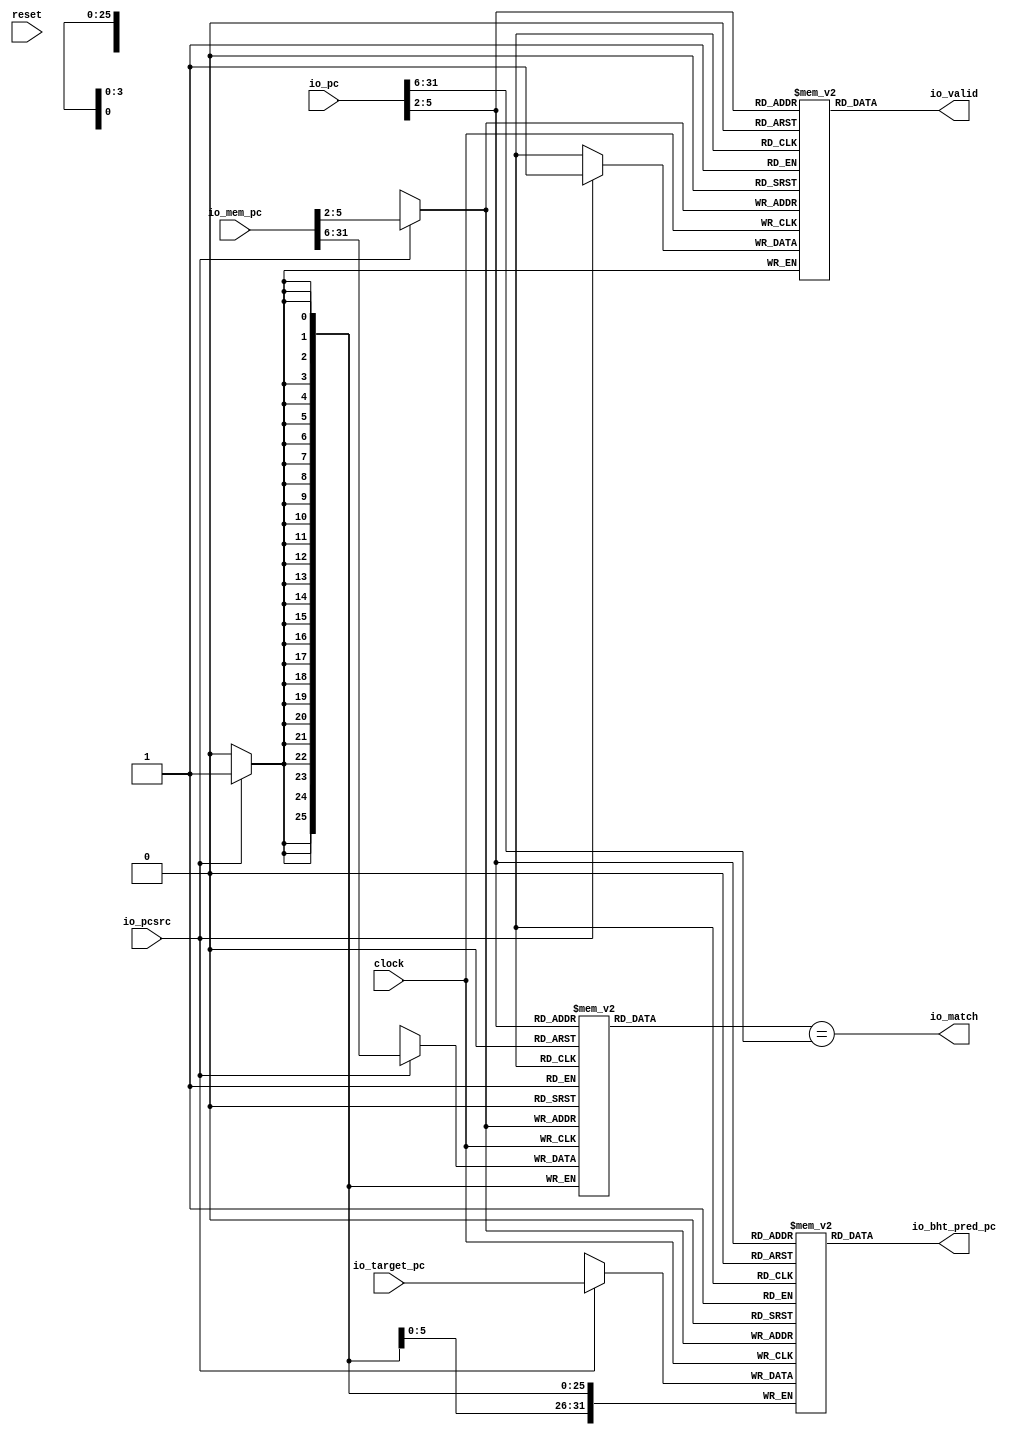
module BHT(
  input         clock,
  input         reset,
  input  [31:0] io_pc,
  input  [31:0] io_mem_pc,
  input         io_pcsrc,
  input  [31:0] io_target_pc,
  output        io_match,
  output        io_valid,
  output [31:0] io_bht_pred_pc
);
`ifdef RANDOMIZE_MEM_INIT
  reg [31:0] _RAND_0;
  reg [31:0] _RAND_1;
  reg [31:0] _RAND_2;
`endif // RANDOMIZE_MEM_INIT
  reg [25:0] bhtTable_tag [0:15]; // @[bht.scala 24:21]
  wire  bhtTable_tag_bhtEntry_en; // @[bht.scala 24:21]
  wire [3:0] bhtTable_tag_bhtEntry_addr; // @[bht.scala 24:21]
  wire [25:0] bhtTable_tag_bhtEntry_data; // @[bht.scala 24:21]
  wire [25:0] bhtTable_tag_MPORT_data; // @[bht.scala 24:21]
  wire [3:0] bhtTable_tag_MPORT_addr; // @[bht.scala 24:21]
  wire  bhtTable_tag_MPORT_mask; // @[bht.scala 24:21]
  wire  bhtTable_tag_MPORT_en; // @[bht.scala 24:21]
  reg  bhtTable_valid [0:15]; // @[bht.scala 24:21]
  wire  bhtTable_valid_bhtEntry_en; // @[bht.scala 24:21]
  wire [3:0] bhtTable_valid_bhtEntry_addr; // @[bht.scala 24:21]
  wire  bhtTable_valid_bhtEntry_data; // @[bht.scala 24:21]
  wire  bhtTable_valid_MPORT_data; // @[bht.scala 24:21]
  wire [3:0] bhtTable_valid_MPORT_addr; // @[bht.scala 24:21]
  wire  bhtTable_valid_MPORT_mask; // @[bht.scala 24:21]
  wire  bhtTable_valid_MPORT_en; // @[bht.scala 24:21]
  reg [31:0] bhtTable_target_pc [0:15]; // @[bht.scala 24:21]
  wire  bhtTable_target_pc_bhtEntry_en; // @[bht.scala 24:21]
  wire [3:0] bhtTable_target_pc_bhtEntry_addr; // @[bht.scala 24:21]
  wire [31:0] bhtTable_target_pc_bhtEntry_data; // @[bht.scala 24:21]
  wire [31:0] bhtTable_target_pc_MPORT_data; // @[bht.scala 24:21]
  wire [3:0] bhtTable_target_pc_MPORT_addr; // @[bht.scala 24:21]
  wire  bhtTable_target_pc_MPORT_mask; // @[bht.scala 24:21]
  wire  bhtTable_target_pc_MPORT_en; // @[bht.scala 24:21]
  assign bhtTable_tag_bhtEntry_en = 1'h1;
  assign bhtTable_tag_bhtEntry_addr = io_pc[5:2];
  assign bhtTable_tag_bhtEntry_data = bhtTable_tag[bhtTable_tag_bhtEntry_addr]; // @[bht.scala 24:21]
  assign bhtTable_tag_MPORT_data = io_mem_pc[31:6];
  assign bhtTable_tag_MPORT_addr = io_mem_pc[5:2];
  assign bhtTable_tag_MPORT_mask = 1'h1;
  assign bhtTable_tag_MPORT_en = io_pcsrc;
  assign bhtTable_valid_bhtEntry_en = 1'h1;
  assign bhtTable_valid_bhtEntry_addr = io_pc[5:2];
  assign bhtTable_valid_bhtEntry_data = bhtTable_valid[bhtTable_valid_bhtEntry_addr]; // @[bht.scala 24:21]
  assign bhtTable_valid_MPORT_data = 1'h1;
  assign bhtTable_valid_MPORT_addr = io_mem_pc[5:2];
  assign bhtTable_valid_MPORT_mask = 1'h1;
  assign bhtTable_valid_MPORT_en = io_pcsrc;
  assign bhtTable_target_pc_bhtEntry_en = 1'h1;
  assign bhtTable_target_pc_bhtEntry_addr = io_pc[5:2];
  assign bhtTable_target_pc_bhtEntry_data = bhtTable_target_pc[bhtTable_target_pc_bhtEntry_addr]; // @[bht.scala 24:21]
  assign bhtTable_target_pc_MPORT_data = io_target_pc;
  assign bhtTable_target_pc_MPORT_addr = io_mem_pc[5:2];
  assign bhtTable_target_pc_MPORT_mask = 1'h1;
  assign bhtTable_target_pc_MPORT_en = io_pcsrc;
  assign io_match = bhtTable_tag_bhtEntry_data == io_pc[31:6]; // @[bht.scala 30:30]
  assign io_valid = bhtTable_valid_bhtEntry_data; // @[bht.scala 31:12]
  assign io_bht_pred_pc = bhtTable_target_pc_bhtEntry_data; // @[bht.scala 32:18]
  always @(posedge clock) begin
    if (bhtTable_tag_MPORT_en & bhtTable_tag_MPORT_mask) begin
      bhtTable_tag[bhtTable_tag_MPORT_addr] <= bhtTable_tag_MPORT_data; // @[bht.scala 24:21]
    end
    if (bhtTable_valid_MPORT_en & bhtTable_valid_MPORT_mask) begin
      bhtTable_valid[bhtTable_valid_MPORT_addr] <= bhtTable_valid_MPORT_data; // @[bht.scala 24:21]
    end
    if (bhtTable_target_pc_MPORT_en & bhtTable_target_pc_MPORT_mask) begin
      bhtTable_target_pc[bhtTable_target_pc_MPORT_addr] <= bhtTable_target_pc_MPORT_data; // @[bht.scala 24:21]
    end
  end
// Register and memory initialization
`ifdef RANDOMIZE_GARBAGE_ASSIGN
`define RANDOMIZE
`endif
`ifdef RANDOMIZE_INVALID_ASSIGN
`define RANDOMIZE
`endif
`ifdef RANDOMIZE_REG_INIT
`define RANDOMIZE
`endif
`ifdef RANDOMIZE_MEM_INIT
`define RANDOMIZE
`endif
`ifndef RANDOM
`define RANDOM $random
`endif
`ifdef RANDOMIZE_MEM_INIT
  integer initvar;
`endif
`ifndef SYNTHESIS
`ifdef FIRRTL_BEFORE_INITIAL
`FIRRTL_BEFORE_INITIAL
`endif
initial begin
  `ifdef RANDOMIZE
    `ifdef INIT_RANDOM
      `INIT_RANDOM
    `endif
    `ifndef VERILATOR
      `ifdef RANDOMIZE_DELAY
        #`RANDOMIZE_DELAY begin end
      `else
        #0.002 begin end
      `endif
    `endif
`ifdef RANDOMIZE_MEM_INIT
  _RAND_0 = {1{`RANDOM}};
  for (initvar = 0; initvar < 16; initvar = initvar+1)
    bhtTable_tag[initvar] = _RAND_0[25:0];
  _RAND_1 = {1{`RANDOM}};
  for (initvar = 0; initvar < 16; initvar = initvar+1)
    bhtTable_valid[initvar] = _RAND_1[0:0];
  _RAND_2 = {1{`RANDOM}};
  for (initvar = 0; initvar < 16; initvar = initvar+1)
    bhtTable_target_pc[initvar] = _RAND_2[31:0];
`endif // RANDOMIZE_MEM_INIT
  `endif // RANDOMIZE
end // initial
`ifdef FIRRTL_AFTER_INITIAL
`FIRRTL_AFTER_INITIAL
`endif
`endif // SYNTHESIS
endmodule